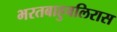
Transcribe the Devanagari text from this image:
भरतबाहुबलिरास